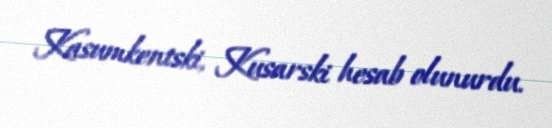
Kasumkentski, Kusarski hesab olunurdu.